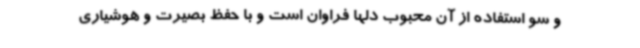
و سو استفاده از آن محبوب دلها فراوان است و با حفظ بصیرت و هوشیاری